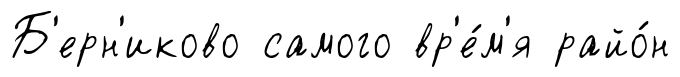
Б'ерн'иково самого вр'е́м'я райо́н